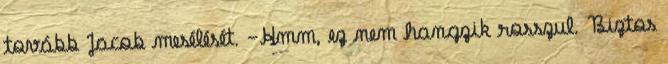
tovább Jacob mesélését. -Hmm, ez nem hangzik rosszul. Biztos